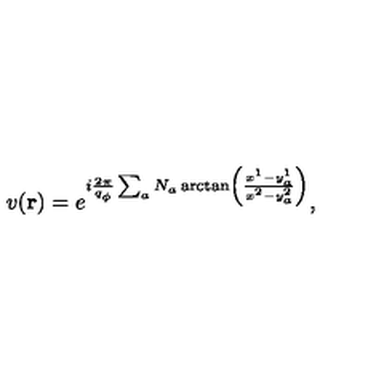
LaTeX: v ( { \bf r } ) = e ^ { i { \frac { 2 \pi } { q _ { \phi } } } \sum _ { a } N _ { a } \arctan \left( \frac { x ^ { 1 } - y _ { a } ^ { 1 } } { x ^ { 2 } - y _ { a } ^ { 2 } } \right) } ,